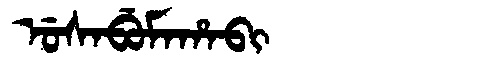
Manchu: ᡠᠰᠠᠪᡠᠮᠠᡥᠠᠪᡳ
Romanization: USABUMAHABI